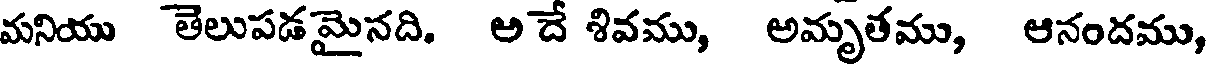
మనియు తెలుపడమైనది. అదే శివము, అమృతము, ఆనందము,